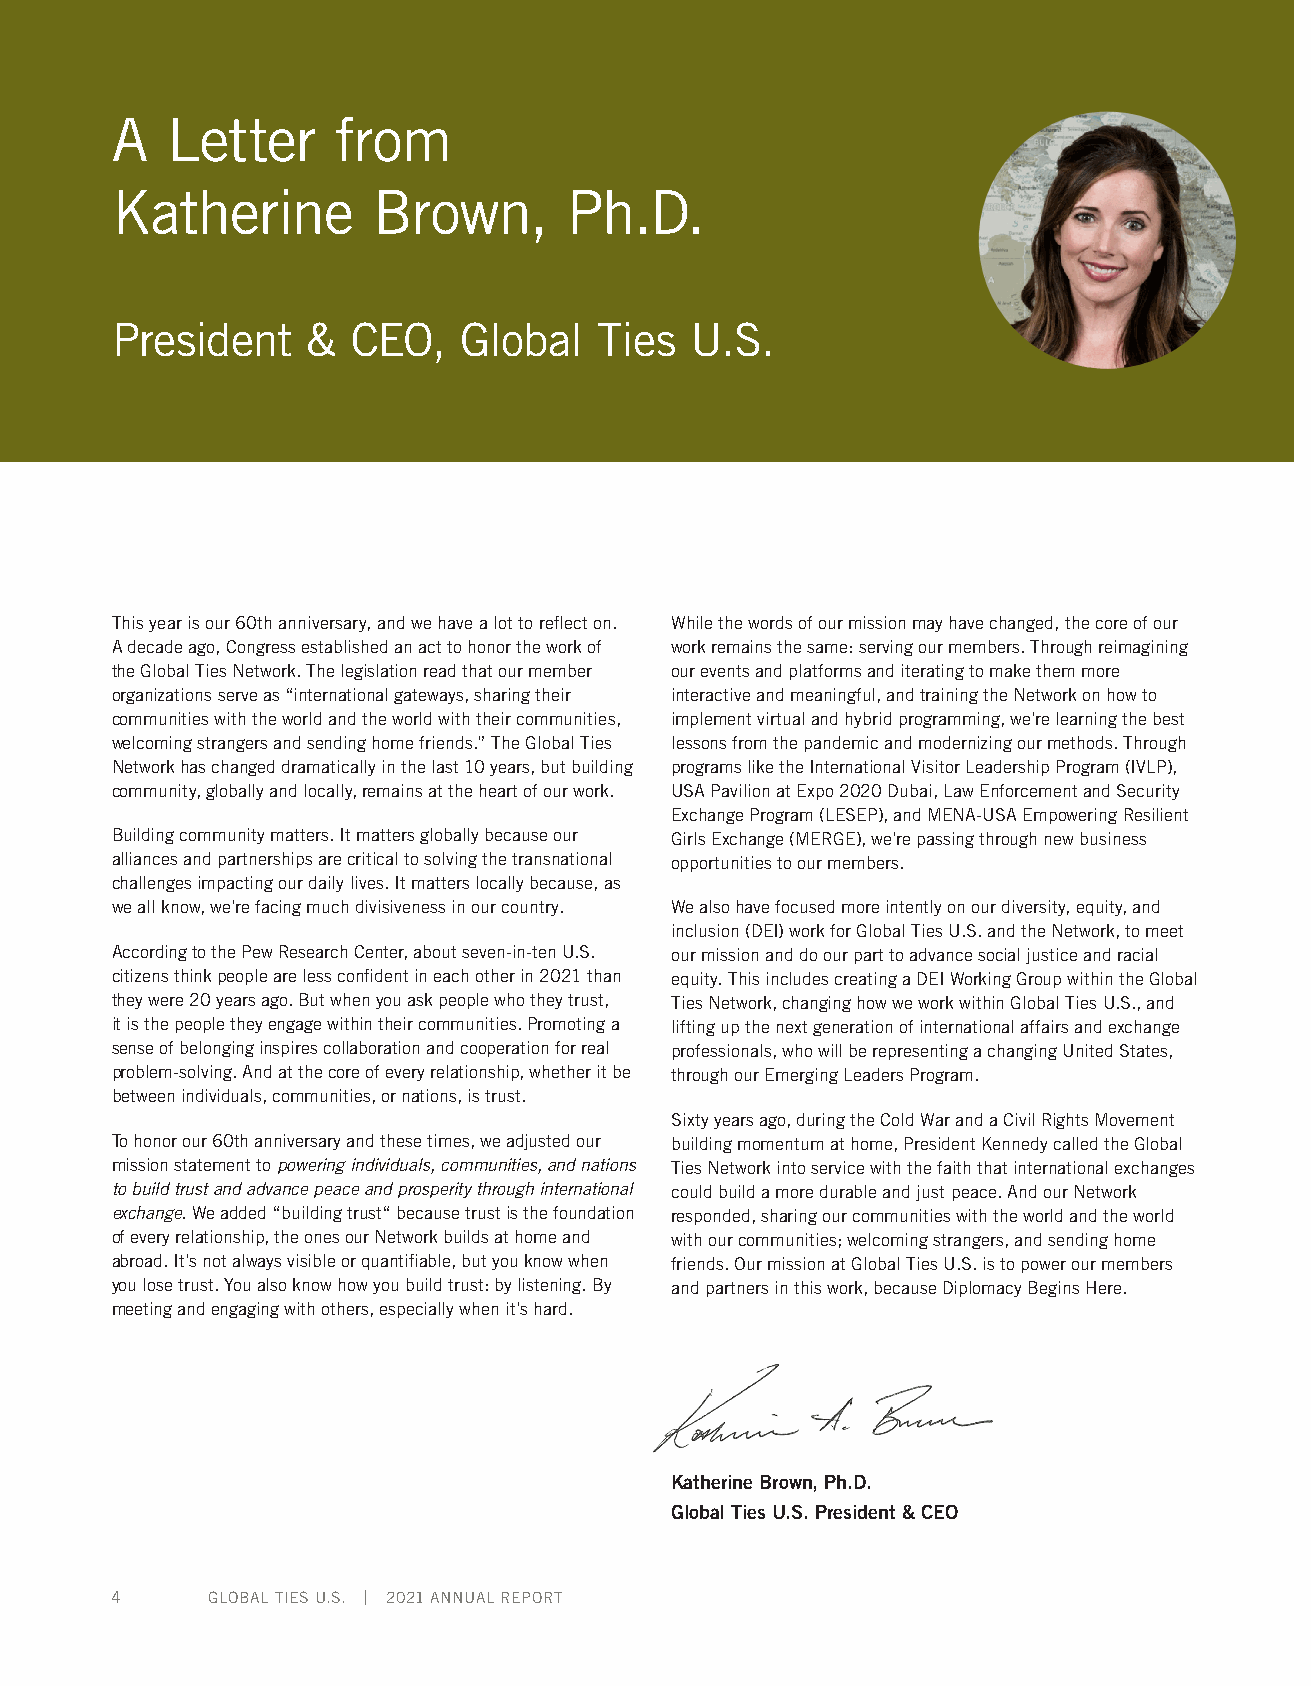
A   Letter     from
 Katherine         Brown,      Ph.D.
 President    &  CEO,   Global   Ties   U.S.
 This year is our 60th anniversary, and we have a lot to reflect on. While the words of our mission may have changed, the core of our
 A decade ago, Congress established an act to honor the work of work remains the same: serving our members. Through reimagining
 the Global Ties Network. The legislation read that our member our events and platforms and iterating to make them more
 organizations serve as “international gateways, sharing their interactive and meaningful, and training the Network on how to
 communities with the world and the world with their communities, implement virtual and hybrid programming, we’re learning the best
 welcoming strangers and sending home friends.” The Global Ties lessons from the pandemic and modernizing our methods. Through
 Network has changed dramatically in the last 10 years, but building programs like the International Visitor Leadership Program (IVLP),
 community, globally and locally, remains at the heart of our work. USA Pavilion at Expo 2020 Dubai, Law Enforcement and Security
 Exchange Program (LESEP), and MENA-USA Empowering Resilient
 Building community matters. It matters globally because our Girls Exchange (MERGE), we’re passing through new business
 alliances and partnerships are critical to solving the transnational opportunities to our members.
 challenges impacting our daily lives. It matters locally because, as
 we all know, we’re facing much divisiveness in our country. We also have focused more intently on our diversity, equity, and
 inclusion (DEI) work for Global Ties U.S. and the Network, to meet
 According to the Pew Research Center, about seven-in-ten U.S. our mission and do our part to advance social justice and racial
 citizens think people are less confident in each other in 2021 than equity. This includes creating a DEI Working Group within the Global
 they were 20 years ago. But when you ask people who they trust, Ties Network, changing how we work within Global Ties U.S., and
 it is the people they engage within their communities. Promoting a lifting up the next generation of international affairs and exchange
 sense of belonging inspires collaboration and cooperation for real professionals, who will be representing a changing United States,
 problem-solving. And at the core of every relationship, whether it be through our Emerging Leaders Program.
 between individuals, communities, or nations, is trust.
 Sixty years ago, during the Cold War and a Civil Rights Movement
 To honor our 60th anniversary and these times, we adjusted our building momentum at home, President Kennedy called the Global
 mission statement to powering individuals, communities, and nations Ties Network into service with the faith that international exchanges
 to build trust and advance peace and prosperity through international could build a more durable and just peace. And our Network
 exchange. We added “building trust“ because trust is the foundation responded, sharing our communities with the world and the world
 of every relationship, the ones our Network builds at home and with our communities; welcoming strangers, and sending home
 abroad. It’s not always visible or quantifiable, but you know when friends. Our mission at Global Ties U.S. is to power our members
 you lose trust. You also know how you build trust: by listening. By and partners in this work, because Diplomacy Begins Here.
 meeting and engaging with others, especially when it’s hard.
 Katherine Brown, Ph.D.
 Global Ties U.S. President & CEO
 4      GLOBAL TIES U.S. | 2021 ANNUAL REPORT